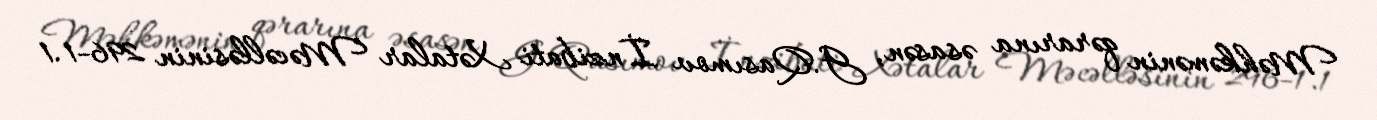
Məhkəmənin qərarına əsasən, G.Qasımov İnzibati Xətalar Məcəlləsinin 296-1.1